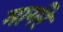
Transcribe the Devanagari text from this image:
मार्गरे